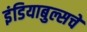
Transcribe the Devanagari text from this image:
इंडियाबुल्सचे